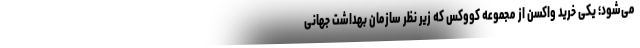
می‌شود؛ یکی خرید واکسن از مجموعه کووکس که زیر نظر سازمان بهداشت جهانی